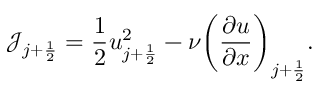
\mathcal { J } _ { j + \frac { 1 } { 2 } } = \frac { 1 } { 2 } u _ { j + \frac { 1 } { 2 } } ^ { 2 } - \nu \bigg ( \frac { \partial u } { \partial x } \bigg ) _ { j + \frac { 1 } { 2 } } .